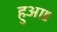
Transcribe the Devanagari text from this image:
हुआ॥